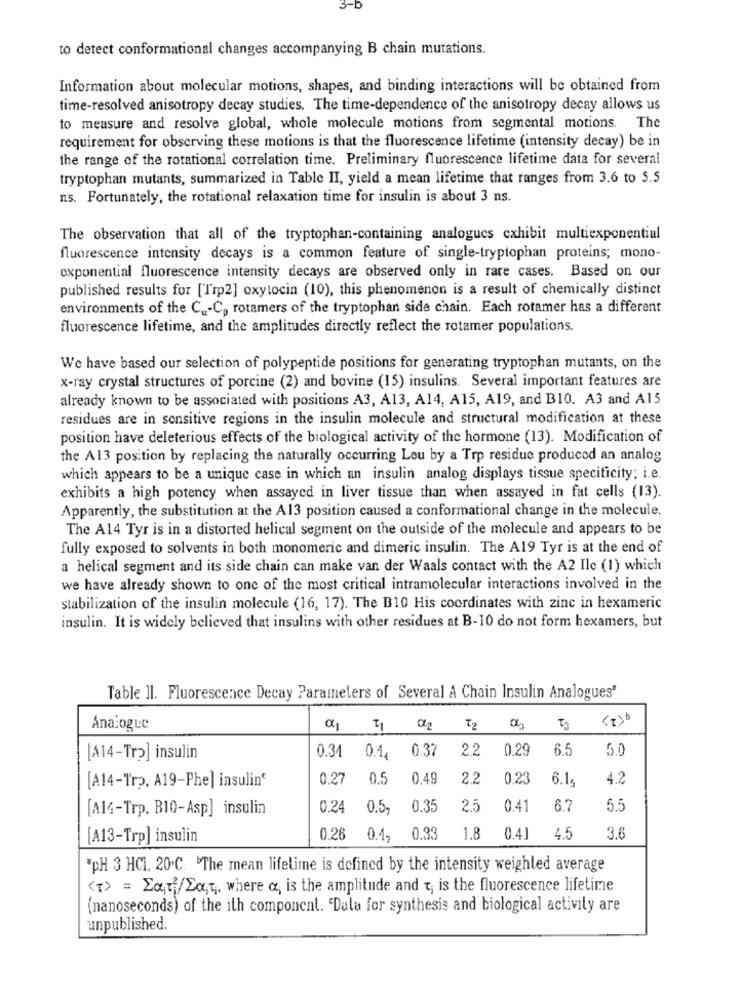
3-D
to detect conformational changes accompanying B chain mutations.
Information about molecular motions, shapes, and binding interactions will be obtained from
time-resolved anisotropy decay studies. The time-dependence of the anisotropy decay allows us
to measure and resolve global, whole molecule motions from segmental motions. The
requirement for observing these motions is that the fluorescence lifetime (intensity decay) be in
the range of the rotational correlation time. Preliminary fluorescence lifetime data for several
tryptophan mutants, summarized in Table II, yield a mean lifetime that ranges from 3.6 to 5.5
ns. Fortunately, the rotational relaxation time for insulin is about 3 ns.
The observation that all of the tryptophan-containing analogues exhibit multiexponential
fluorescence intensity decays is a common feature of single-tryptophan proteins; mono-
exponential fluorescence intensity decays are observed only in rare cases. Based on our
published results for [Trp2] oxytocin (10), this phenomenon is a result of chemically distinct
environments of the C _- C, rotamers of the tryptophan side chain. Each rotamer has a different
fluorescence lifetime, and the amplitudes directly reflect the rotamer populations.
We have based our selection of polypeptide positions for generating tryptophan mutants, on the
x-ray crystal structures of porcine (2) and bovine (15) insulins. Several important features are
already known to be associated with positions A3, A13, A14, A15, A19, and B10. A3 and A15
residues are in sensitive regions in the insulin molecule and structural modification at these
position have deleterious effects of the biological activity of the hormone (13). Modification of
the A13 position by replacing the naturally occurring Leu by a Trp residue produced an analog
which appears to be a unique case in which an insulin analog displays tissue specificity; i.e.
exhibits a high potency when assayed in liver tissue than when assayed in fat cells (13).
Apparently, the substitution at the A13 position caused a conformational change in the molecule.
The A14 Tyr is in a distorted helical segment on the outside of the molecule and appears to be
fully exposed to solvents in both monomeric and dimeric insulin. The A19 Tyr is at the end of
a helical segment and its side chain can make van der Waals contact with the A2 Ile (1) which
we have already shown to one of the most critical intramolecular interactions involved in the
stabilization of the insulin molecule (16, 17). The B10 His coordinates with zinc in hexameric
insulin. It is widely believed that insulins with other residues at B-10 do not form hexamers, but
Table Il. Fluorescence Decay Parameters of Several A Chain Insulin Analogues'
< Tb
Analogue
72
0.31
0.37
2.2
0.29
6.5
5.0
[A14-Tr2] insulin
0.1.
0.27
0.5
0.49
2.2
0.23
6.15
4.2
[A14-Trp. A19-Phe] insulin‘
[A14-Trp. B10-Asp] insulin
0.24
0.5,
0.35
2.5
0.41
6.7
5.5
[A13-Trp] insulin
0.26
0.42
0.33
1.8
0.4]
4.5
3.6
"pH 3 HCI. 20.C. The mean lifetime is defined by the intensity weighted average
<T> = Lat/La ,, where a, is the amplitude and t; is the fluorescence lifetime
(nanoseconds) of the ith component. "Dala for synthesis and biological activity are
unpublished.